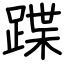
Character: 蹀